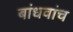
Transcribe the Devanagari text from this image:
बांधवांच